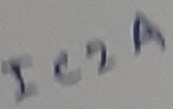
Text: IC2A